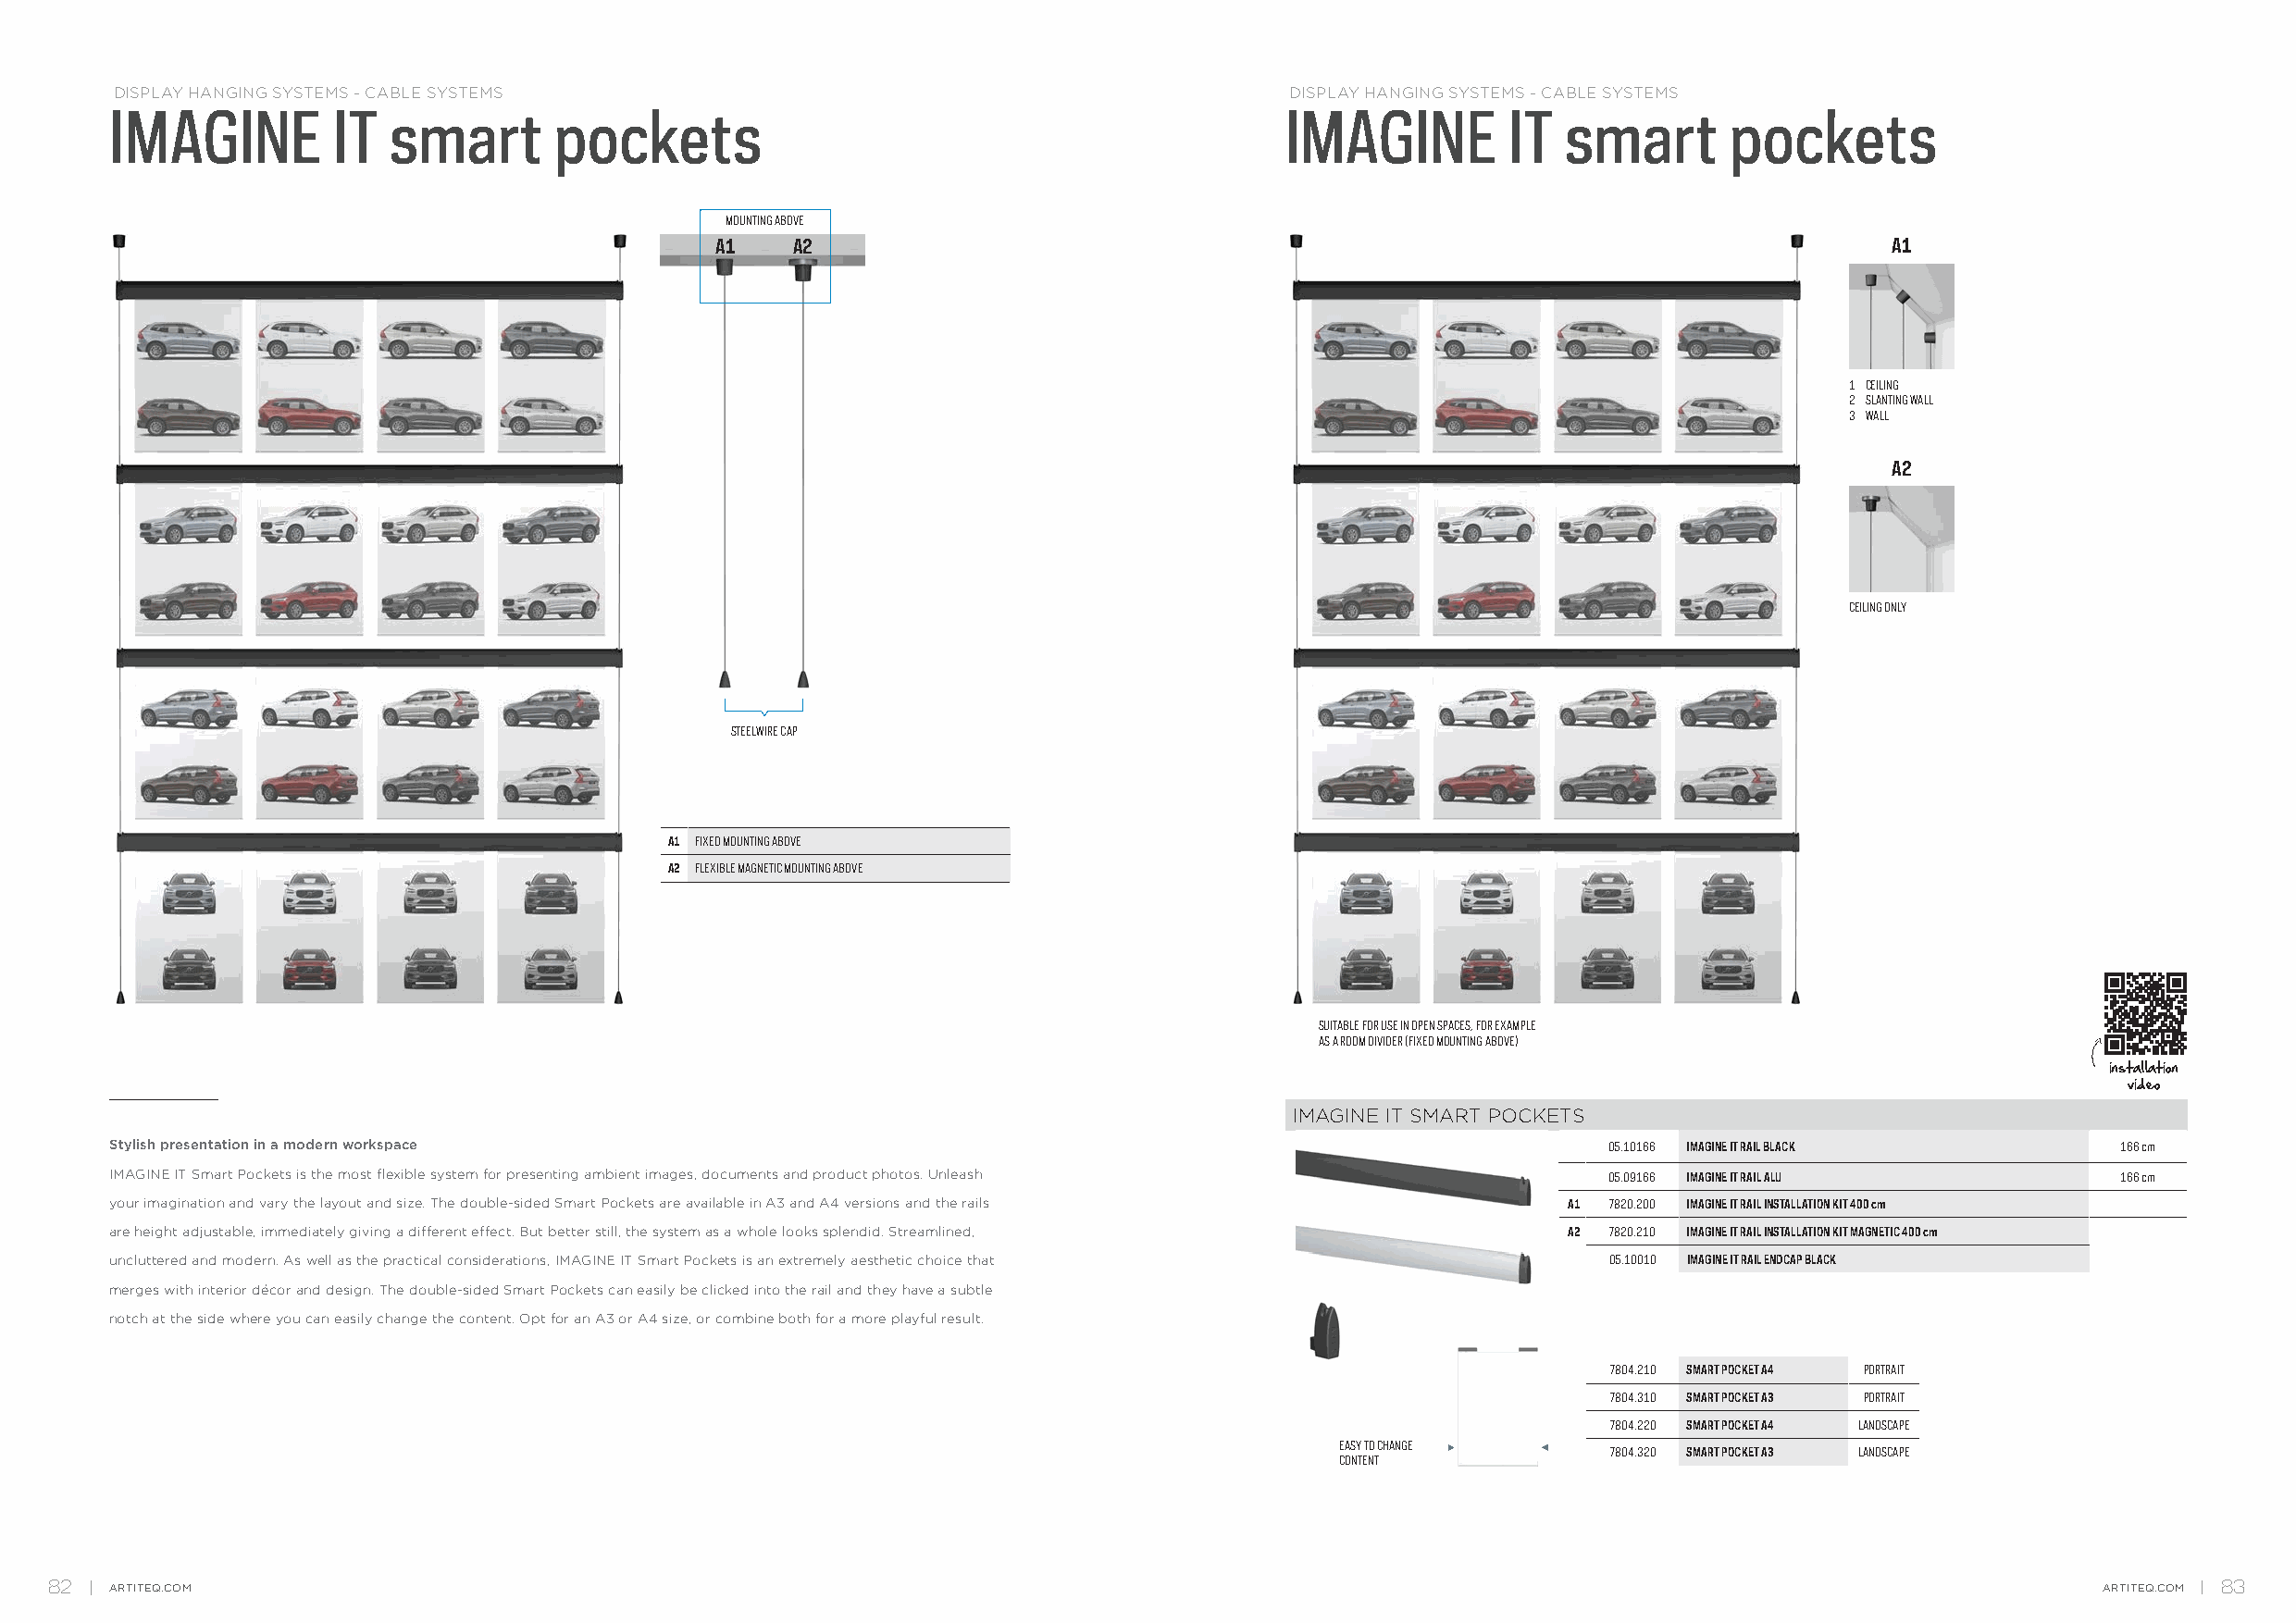
DISPLAY HANGING SYSTEMS - CABLE SYSTEMS                                             DISPLAY HANGING SYSTEMS - CABLE SYSTEMS
 IMAGINE         IT  smart       pockets                                             IMAGINE         IT  smart       pockets
 MOUNTING ABOVE
 A1    A2                                                                            A1
 1 CEILING
 2 SLANTING WALL
 3 WALL
 A2
 CEILING ONLY
 STEELWIRE CAP
 A1 FIXED MOUNTING ABOVE
 A2 FLEXIBLE MAGNETIC MOUNTING ABOVE
 SUITABLE FOR USE IN OPEN SPACES, FOR EXAMPLE
 AS A ROOM DIVIDER (FIXED MOUNTING ABOVE)
 installation
 video
 IMAGINE IT SMART POCKETS
 Stylish presentation in a modern workspace                                                                 05.10166 IMAGINE IT RAIL BLACK       166 cm
 IMAGINE IT Smart Pockets is the most flexible system for presenting ambient images, documents and product photos. Unleash 05.09166 IMAGINE IT RAIL ALU 166 cm
 your imagination and vary the layout and size. The double-sided Smart Pockets are available in A3 and A4 versions and the rails A1 7820.200 IMAGINE IT RAIL INSTALLATION KIT 400 cm
 are height adjustable, immediately giving a different effect. But better still, the system as a whole looks splendid. Streamlined, A2 7820.210 IMAGINE IT RAIL INSTALLATION KIT MAGNETIC 400 cm
 uncluttered and modern. As well as the practical considerations, IMAGINE IT Smart Pockets is an extremely aesthetic choice that 05.10010 IMAGINE IT RAIL ENDCAP BLACK
 merges with interior décor and design. The double-sided Smart Pockets can easily be clicked into the rail and they have a subtle
 notch at the side where you can easily change the content. Opt for an A3 or A4 size, or combine both for a more playful result.
 7804.210 SMART POCKET A4 PORTRAIT
 7804.310 SMART POCKET A3 PORTRAIT
 7804.220 SMART POCKET A4 LANDSCAPE
 EASY TO CHANGE
 7804.320 SMART POCKET A3 LANDSCAPE
 CONTENT
 82   ARTITEQ.COM                                                                                                                                   ARTITEQ.COM 83